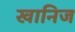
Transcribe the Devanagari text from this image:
खानिज